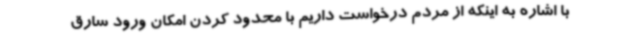
با اشاره به اینکه از مردم درخواست داریم با محدود کردن امکان ورود سارق